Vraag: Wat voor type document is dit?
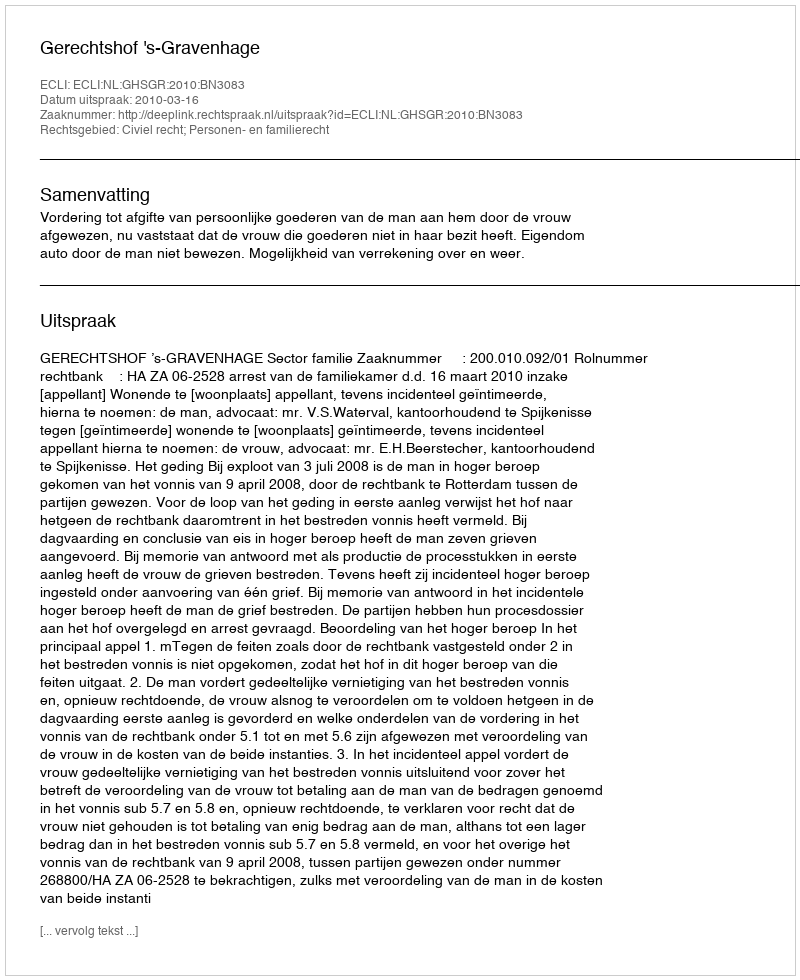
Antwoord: Uitspraak